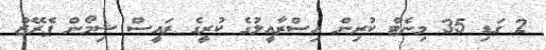
2 ގަޑި 35 މިނެޓް ކުރިން އިސްރާއީލުގެ ކުރީގެ ރައީސް ޝިމޯން ޕެރޭޒް